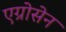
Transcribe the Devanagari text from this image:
एग्रोसेन